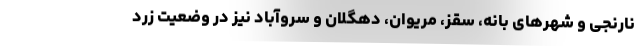
نارنجی و شهرهای بانه، سقز، مریوان، دهگلان و سروآباد نیز در وضعیت زرد